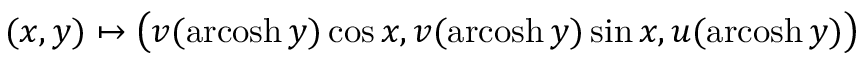
( x , y ) \mapsto { \big ( } v ( \operatorname { a r c o s h } y ) \cos x , v ( \operatorname { a r c o s h } y ) \sin x , u ( \operatorname { a r c o s h } y ) { \big ) }